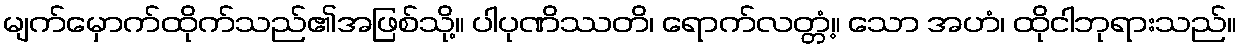
မျက်မှောက်ထိုက်သည်၏အဖြစ်သို့။ ပါပုဏိဿတိ၊ ရောက်လတ္တံ့။ သော အဟံ၊ ထိုငါဘုရားသည်။